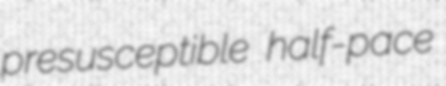
presusceptible half-pace